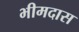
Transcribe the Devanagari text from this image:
भीमदास